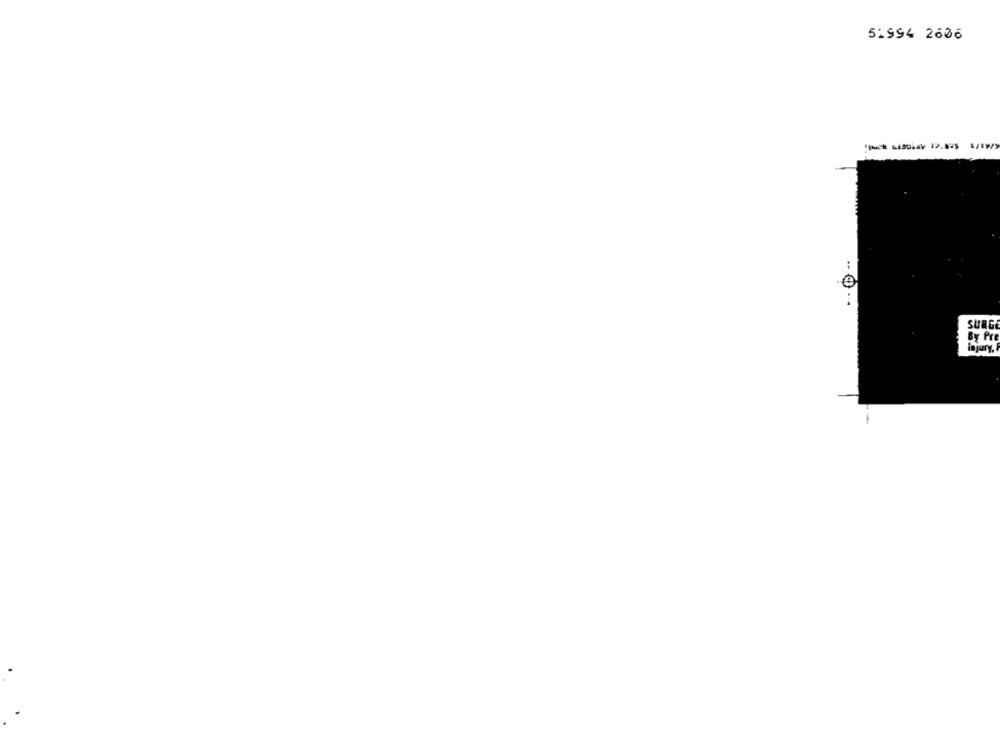
51994 2606
SURGE
By Pre
Injury.